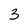
Character: 3